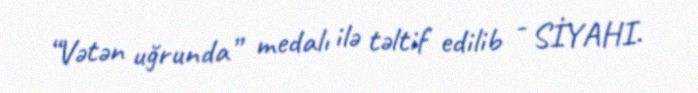
“Vətən uğrunda” medalı ilə təltif edilib - SİYAHI.